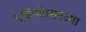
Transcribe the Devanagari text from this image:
पब्लिकेशनच्या